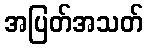
အပြတ်အသတ်